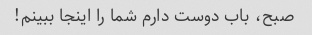
صبح، باب دوست دارم شما را اینجا ببینم!